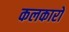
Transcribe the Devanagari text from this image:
कलकारों